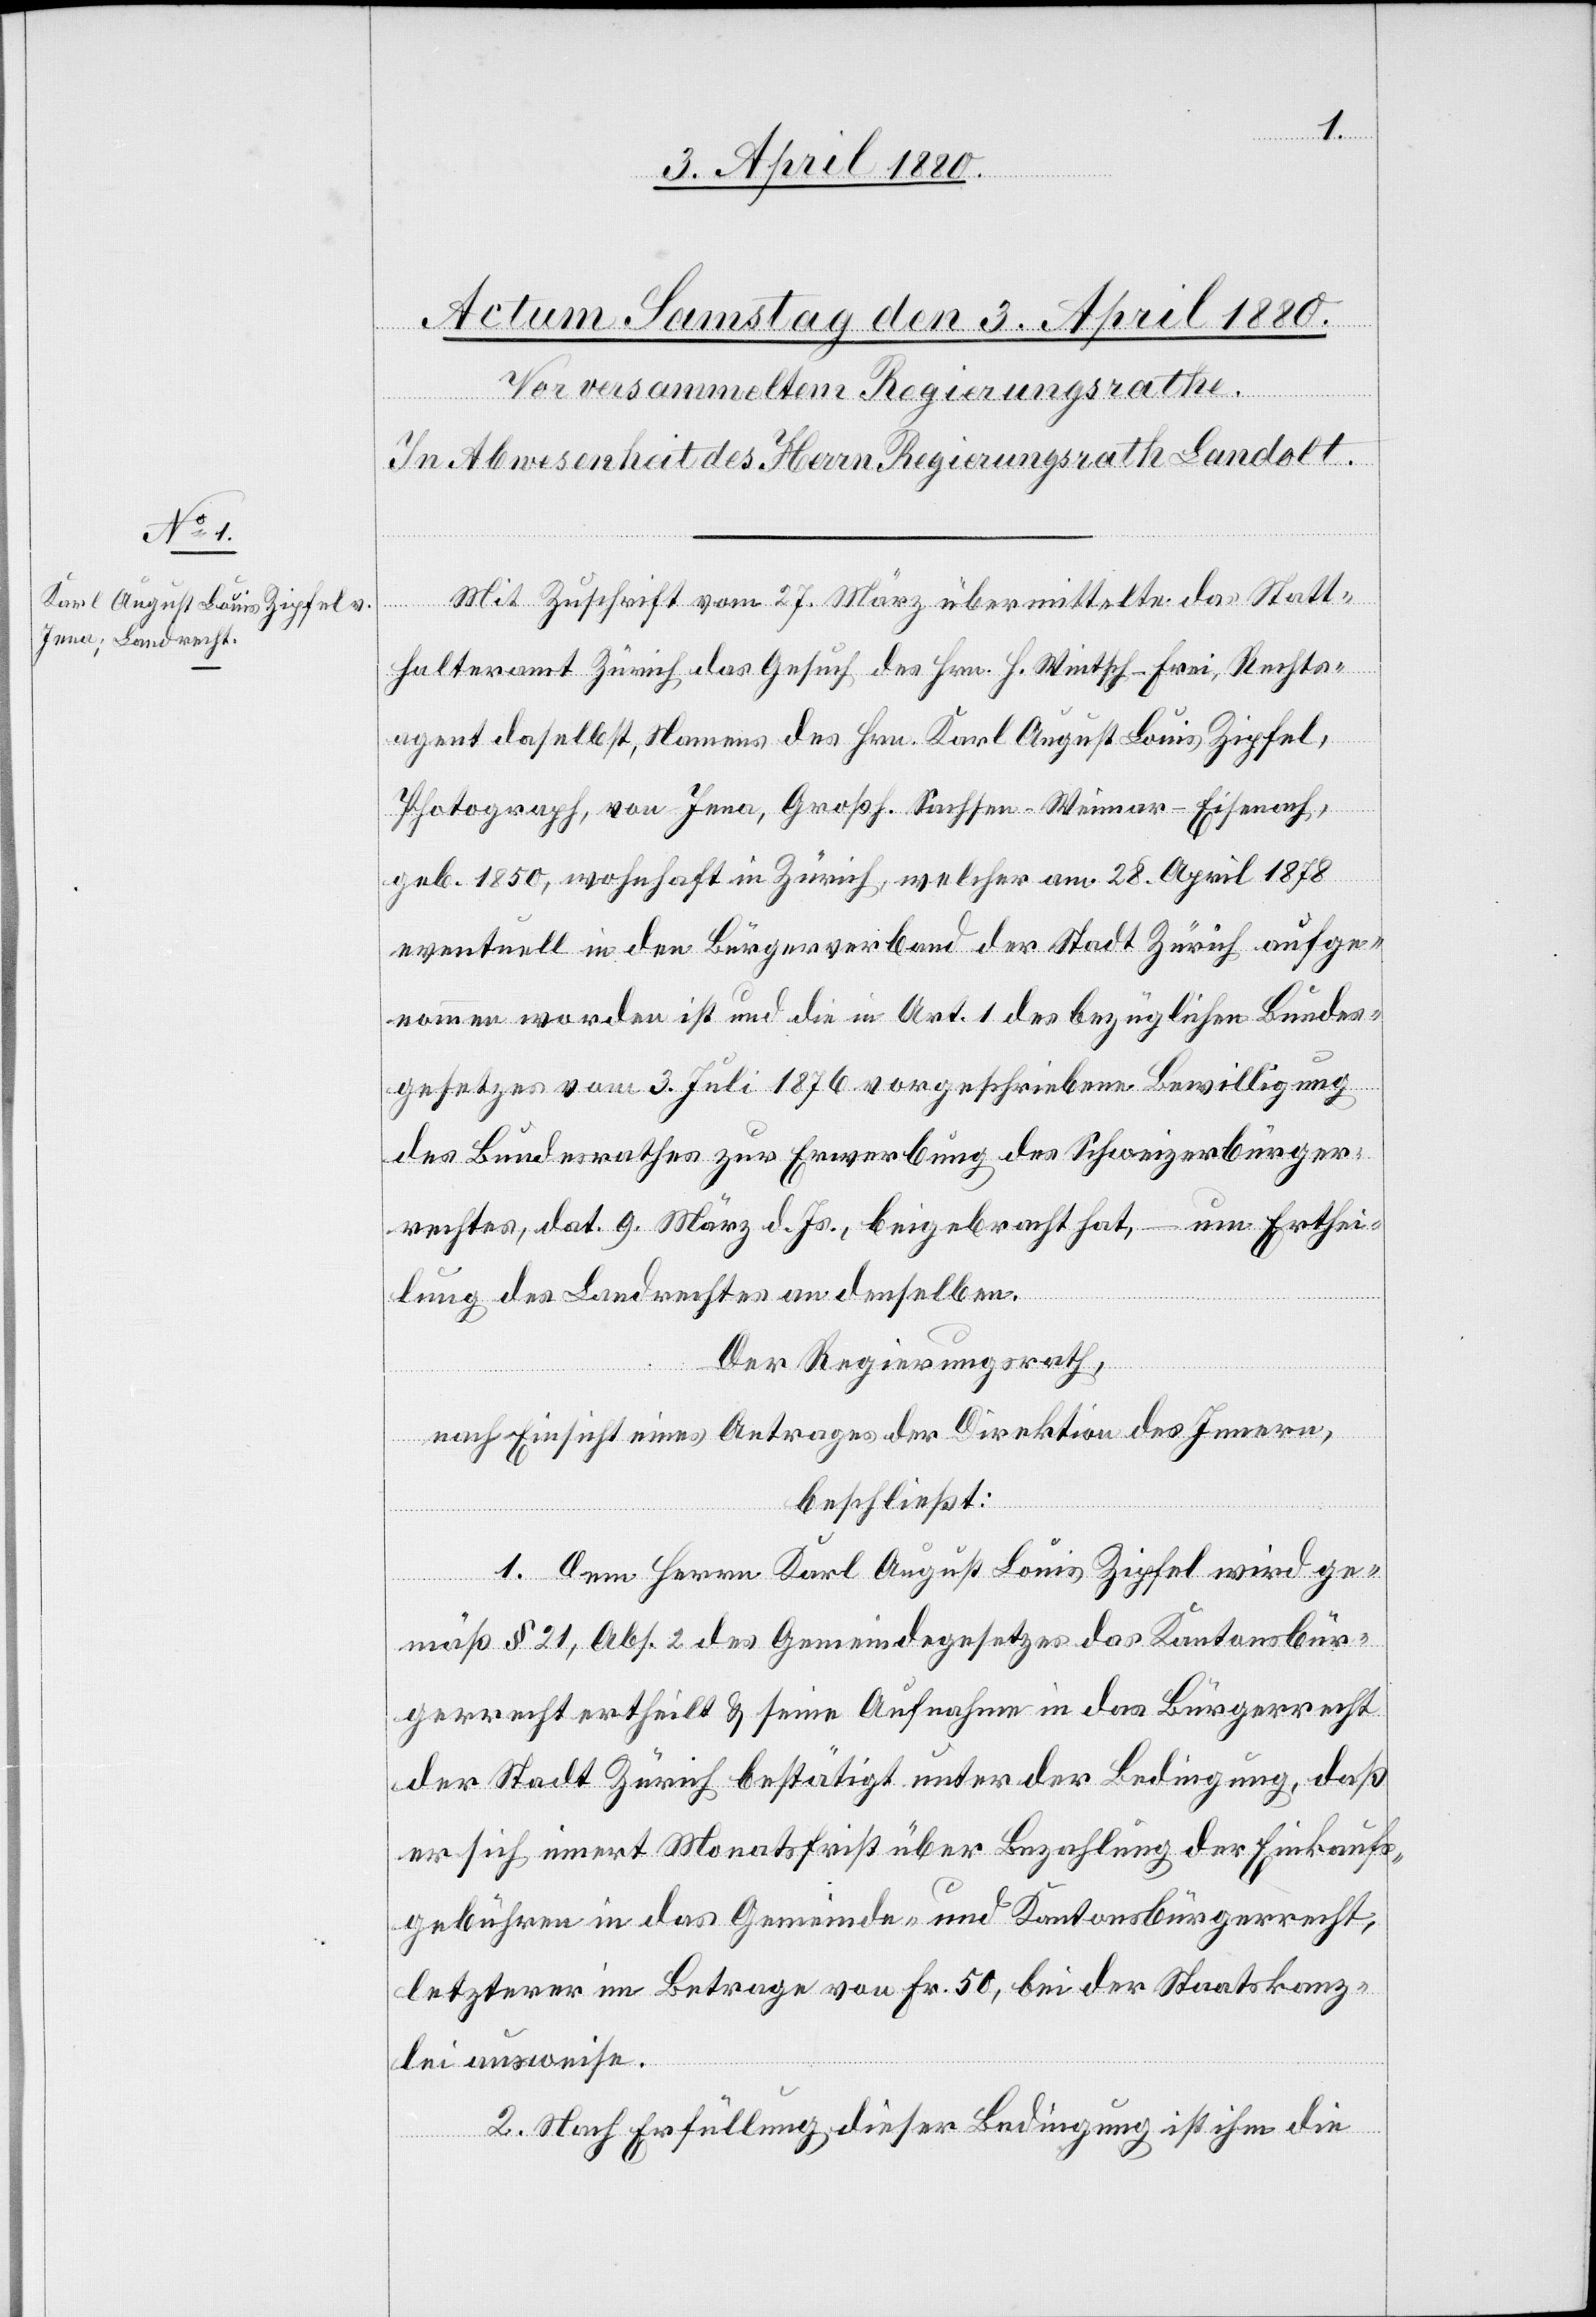
Mit Zuschrift vom 27. März übermittelte das Statt¬
halteramt Zürich das Gesuch des Hrn. H. Wintsch-Frei, Rechts¬
agent daselbst, Namens des Hrn. Karl August Louis Zipfel,
Photograph, von Jena, Großh. Sachsen-Weimar-Eisenach,
geb. 1850, wohnhaft in Zürich, welcher am 28. April 1878
eventuell in den Bürgerverband der Stadt Zürich aufge¬
nommen worden ist und die in Art. 1 des bezüglichen Bundes¬
gesetzes vom 3. Juli 1876 vorgeschriebene Bewilligung
des Bundesrathes zur Erwerbung des Schweizerbürger¬
rechtes, dat. 9. März d. Js., beigebracht hat, – um Erthei¬
lung des Landrechtes an denselben.
Der Regierungsrath,
nach Einsicht eines Antrages der Direktion des Innern,
beschließt:
1. Dem Herrn Karl August Louis Zipfel wird ge¬
mäß § 21, Abs. 2 des Gemeindegesetzes das Kantonsbür¬
gerrecht ertheilt & seine Aufnahme in das Bürgerrecht
der Stadt Zürich bestätigt unter der Bedingung, daß
er sich innert Monatsfrist über Bezahlung der Einkaufs¬
gebühren in das Gemeinde- und Kantonsbürgerrecht,
letzterer im Betrage von Fr. 50, bei der Staatskanz¬
lei ausweise.
2. Nach Erfüllung dieser Bedingung ist ihm die